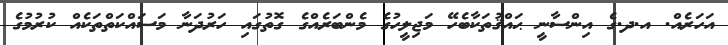
އަހަރެއް. އ.ދ.ގެ އިންސާނީ ޙައްޤުތަކާބެހޭ މަޖިލީހުގެ މެންބަރެއްގެ ގޮތުގައި ހަރުދަނާ މަސައްކަތްތަކެއް ކުރުމުގެ